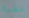
حقبة